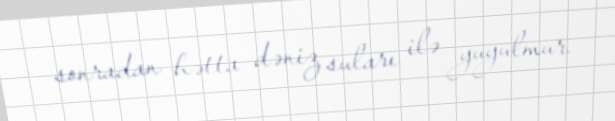
sonradan hətta dəniz suları ilə yuyulmur.